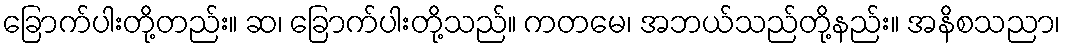
ခြောက်ပါးတို့တည်း။ ဆ၊ ခြောက်ပါးတို့သည်။ ကတမေ၊ အဘယ်သည်တို့နည်း။ အနိစသညာ၊